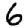
Digit: 6